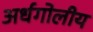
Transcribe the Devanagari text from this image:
अर्धगोलीय